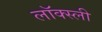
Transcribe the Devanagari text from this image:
लॉक्स्ली